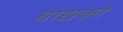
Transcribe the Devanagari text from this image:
वाद्यकों